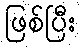
ဖြစ်ပြီး